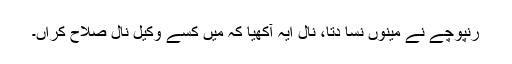
رنپوچے نے مینوں نسا دتا، نال ایہ آکھیا کہ میں کسے وکیل نال صلاح کراں۔